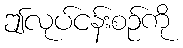
ဤလုပ်ငန်းစဉ်ကို